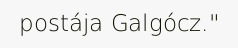
postája Galgócz."